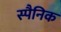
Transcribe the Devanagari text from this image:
स्पैनिक